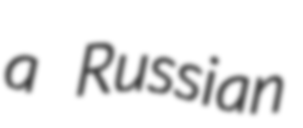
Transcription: a Russian